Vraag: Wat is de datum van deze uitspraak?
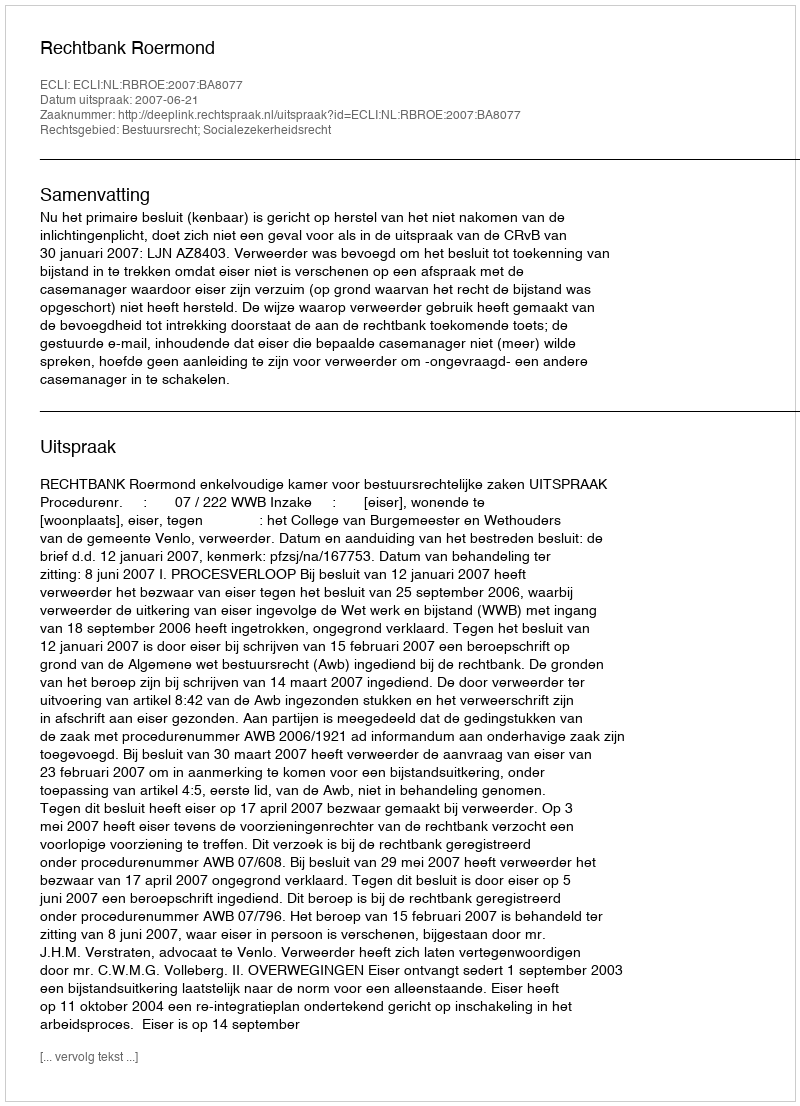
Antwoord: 2007-06-21